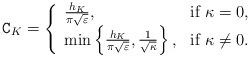
LaTeX: \begin{align*}\texttt{C}_{K}=\left\{\begin{array}{ll}\frac{h_K}{\pi\sqrt{\varepsilon}}, & \textrm{if}~\kappa=0, \\\min\left\{\frac{h_K}{\pi\sqrt{\varepsilon}},\frac{1}{\sqrt{\kappa}}\right\}, & \textrm{if}~\kappa\neq 0.\end{array}\right.\end{align*}